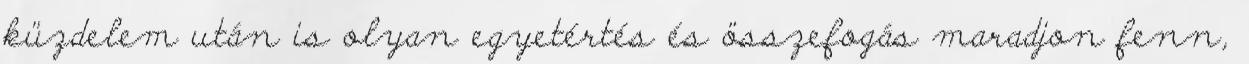
küzdelem után is olyan egyetértés és összefogás maradjon fenn,